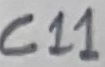
Text: C11